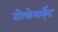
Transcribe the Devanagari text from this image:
वोल्केमार्के्ट